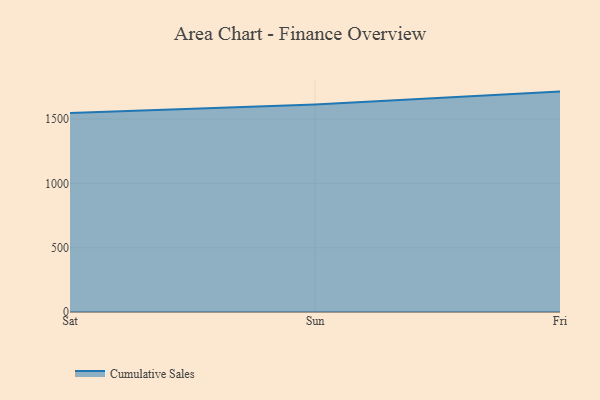
{"axis": {"x": "Day", "y": "Market Share (%)"}, "legend": ["Cumulative Sales"], "data": [{"x": "Sat", "y": 1547.4, "type": "Cumulative Sales"}, {"x": "Sun", "y": 1613.6, "type": "Cumulative Sales"}, {"x": "Fri", "y": 1713.5, "type": "Cumulative Sales"}]}